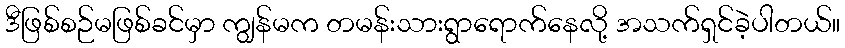
ဒီဖြစ်စဉ်မဖြစ်ခင်မှာ ကျွန်မက တမန်းသားရွာရောက်နေလို့ အသက်ရှင်ခဲ့ပါတယ်။